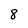
Character: 8